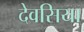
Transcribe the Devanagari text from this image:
देवसिया